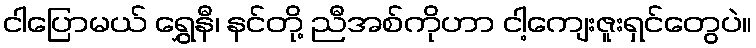
ငါပြောမယ် ရွှေနီ၊ နင်တို့ ညီအစ်ကိုဟာ ငါ့ကျေးဇူးရှင်တွေပဲ။